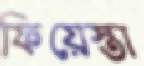
ফিয়েস্তা